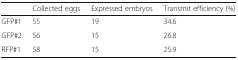
<table><thead><tr><td></td><td><b>Collected eggs</b></td><td><b>Expressed embryos</b></td><td><b>Transmit efficiency (%)</b></td></tr></thead><tbody><tr><td>GFP#1</td><td>55</td><td>19</td><td>34.6</td></tr><tr><td>GFP#2</td><td>56</td><td>15</td><td>26.8</td></tr><tr><td>RFP#1</td><td>58</td><td>15</td><td>25.9</td></tr></tbody></table>